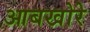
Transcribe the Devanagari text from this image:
आबखोरे